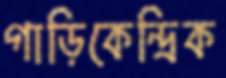
গাড়িকেন্দ্রিক